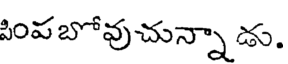
పింపబోవుచున్నా డు.